Report of an investigation in regard to the prevalence of stegomyia and other mosquitoes in Karachi, and the measures necessary for their control
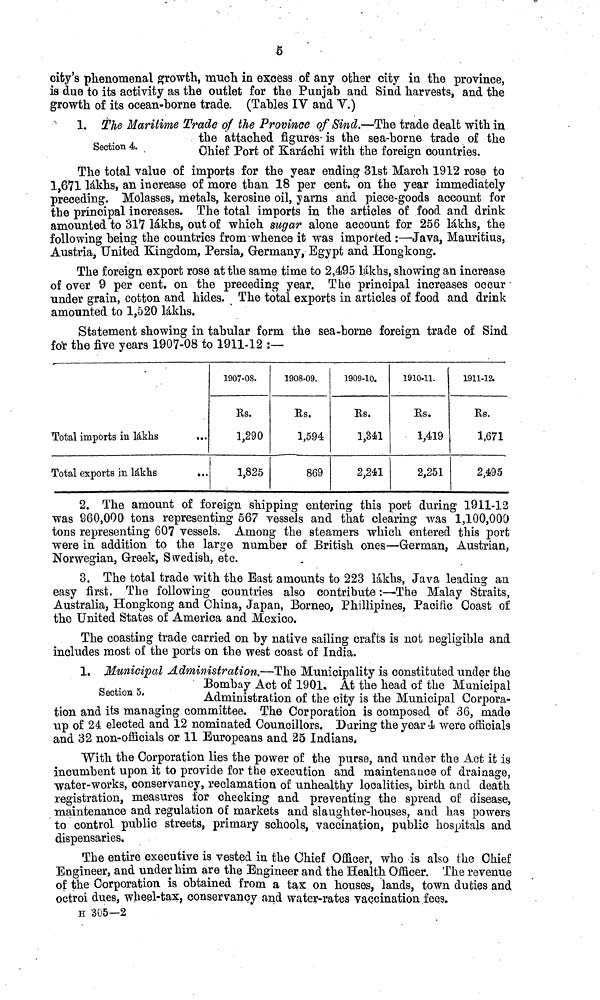
5
city's phenomenal growth, much in excess of any other city in the province,
is due to its activity as the outlet for the Punjab and Sind harvests, and the
growth of its ocean-borne trade. (Tables IV and V.)
Section 4.
1. The Maritime Trade of the Province of Sind.—The trade dealt with in
the attached figures- is the sea-borne trade of the
Chief Port of Karachi with the foreign countries.
The total value of imports for the year ending 31st March 1912 rose to
1,671 lakhs, an increase of more than 18 per cent. on the year immediately
preceding. Molasses, metals, kerosine oil, yams and piece-goods account for
the principal increases. The total imports in the articles of food and drink
amounted to 317 lakhs, out of which sugar alone account for 256 lakhs, the
following being the countries from whence it was imported :—Java, Mauritius,
Austria, United Kingdom, Persia, Germany, Egypt and Hongkong.
The foreign export rose at the same time to 2,495 lakhs, showing an increase
of over 9 per cent. on the preceding year. The principal increases occur
under grain, cotton and hides. The total exports in articles of food and drink
amounted to 1,520 lakhs.
Statement showing in tabular form the sea-borne foreign trade of Sind
for the five years 1907-08 to 1911-12 :—
Total imports in lakhs
...
Total exports in lakhs
...
1907-08.
Rs.
1,290
1,825
1908-09.
Rs.
1,594
869
1909-10.
Rs.
1,341
2,241
1910-11.
Rs.
1,419
2,251
1911-12.
Rs.
1,671
2,495
2. The amount of foreign shipping entering this port during 1911-12
was 960,000 tons representing 567 vessels and that clearing was 1,100,000
tons representing 607 vessels. Among the steamers which entered this port
were in addition to the large number of British ones—German, Austrian,
Norwegian, Greek, Swedish, etc.
3. The total trade with the East amounts to 223 lakhs, Java leading an
easy first. The following countries also contribute:—The Malay Straits,
Australia, Hongkong and China, Japan, Borneo, Phillipines, Pacific Coast of
the United States of America and Mexico.
The coasting trade carried on by native sailing crafts is not negligible and
includes most of the ports on the west coast of India.
Section 5.
1. Municipal Administration,—The Municipality is constituted under the
Bombay Act of 1901. At the head of the Municipal
Administration of the city is the Municipal Corpora-
tion and its managing committee. The Corporation is composed of 36, made
up of 24 elected and 12 nominated Councillors. During the year 4 were officials
and 32 non-officials or 11 Europeans and 25 Indians.
With the Corporation lies the power of the purse, and under the Act it is
incumbent upon it to provide for the execution and maintenance of drainage,
water-works, conservancy, reclamation of unhealthy localities, birth and death
registration, measures for checking and preventing the spread of disease,
maintenance and regulation of markets and slaughter-houses, and has powers
to control public streets, primary schools, vaccination, public hospitals and
dispensaries.
The entire executive is vested in the Chief Officer, who is also the Chief
Engineer, and under him are the Engineer and the Health Officer. The revenue
of the Corporation is obtained from a tax on houses, lands, town duties and
octroi dues, wheel-tax, conservancy and water-rates vaccination fees.
H 305—2